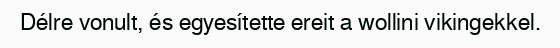
Délre vonult, és egyesítette ereit a wollini vikingekkel.